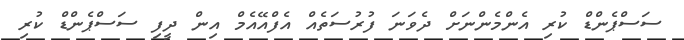
ސަސްޕެންޑް ކުރި އެންމެންނަށް ދެވަނަ ފުރުސަތެއް އެފްއޭއެމް އިން ދީފި ސަސްޕެންޑް ކުރި